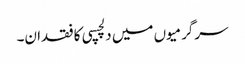
سرگرمیوں میں دلچسپی کا فقدان۔